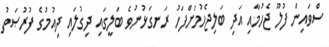
ސްވައިން ފުލޫ ޖެހުމާއި އަދި ބަލިޖެހުމަށްފަހު ރަނގަޅުނުވެ ބަލީގައި ދިގުލައި ދިއުމުގެ ފުރުޞަތު